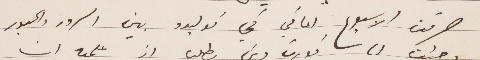
صرفت الأسبوع الماضي في توليدو بين السرور والحبور